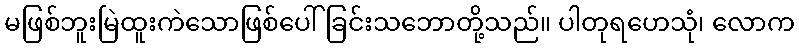
မဖြစ်ဘူးမြဲထူးကဲသောဖြစ်ပေါ်ခြင်းသဘောတို့သည်။ ပါတုရဟေသုံ၊ လောက